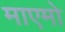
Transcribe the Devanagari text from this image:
माएमो